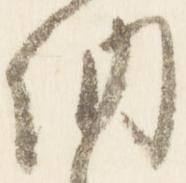
納